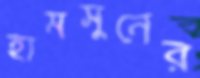
হামসুনের